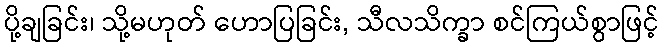
ပို့ချခြင်း၊ သို့မဟုတ် ဟောပြခြင်း, သီလသိက္ခာ စင်ကြယ်စွာဖြင့်